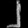
Digit: ၂